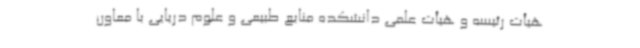
هیأت رئیسه و هیأت علمی دانشکده منابع طبیعی و علوم دریایی با معاون